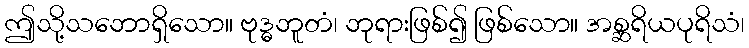
ဤသို့သဘောရှိသော။ ဗုဒ္ဓဘူတံ၊ ဘုရားဖြစ်၍ ဖြစ်သော။ အစ္ဆရိယပုရိသံ၊